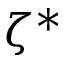
\zeta ^ { * }